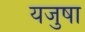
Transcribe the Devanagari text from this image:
यजुषा